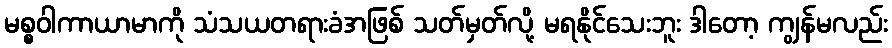
မစ္စဝါကာယာမာကို သံသယတရားခံအဖြစ် သတ်မှတ်လို့ မရနိုင်သေးဘူး ဒါတော့ ကျွန်မလည်း